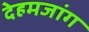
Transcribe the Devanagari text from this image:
देहमजांग